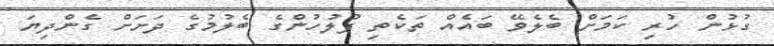
ގުޅުން ހުރި ކަމަށް ބެލެވޭ ބައެއް ތަކެތި ފުލުހުންގެ ބެލުމުގެ ދަށަށް ގެންދިޔަ